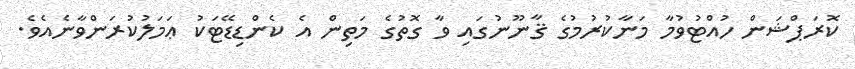
ކޮރަޕްޝަން ހުއްޓުވުމާ މަނާކުރުމުގެ ޤާނޫނުގައި ވާ ގޮތުގެ މަތިން އެ ކެންޑިޑޭޓަކު ޢަމަލުކުރަންވާނެއެވެ.